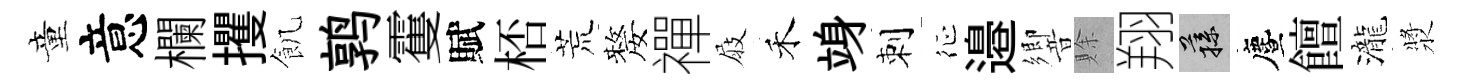
童意欄攫飢鹑䨥賦桮荒嫠禪屐禾竧刺征邉響賖翔蓀󵨌饘瀧漿